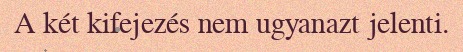
A két kifejezés nem ugyanazt jelenti.